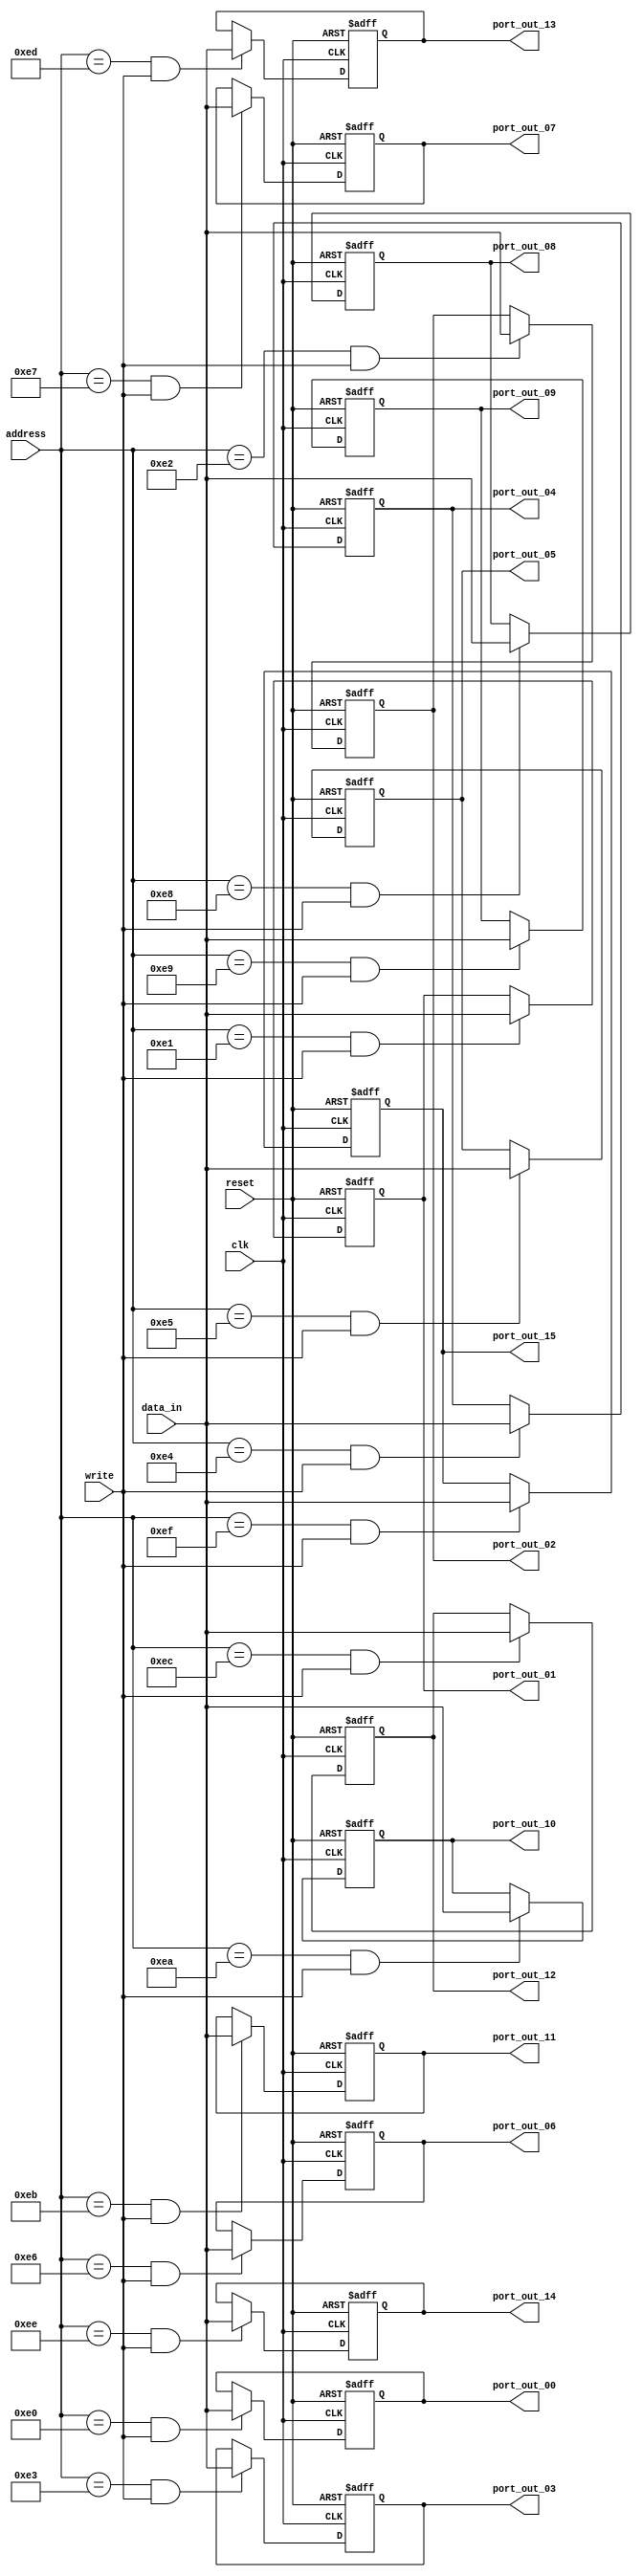
module port_out8_sync
	(output reg [7:0] port_out_00,
	 output reg [7:0] port_out_01,
	 output reg [7:0] port_out_02,
	 output reg [7:0] port_out_03,
	 output reg [7:0] port_out_04,
	 output reg [7:0] port_out_05,
	 output reg [7:0] port_out_06,
	 output reg [7:0] port_out_07,
	 output reg [7:0] port_out_08,
	 output reg [7:0] port_out_09,
	 output reg [7:0] port_out_10,
	 output reg [7:0] port_out_11,
	 output reg [7:0] port_out_12,
	 output reg [7:0] port_out_13,
	 output reg [7:0] port_out_14,
	 output reg [7:0] port_out_15,
	 input wire [7:0] address,
	 input wire [7:0] data_in,
	 input wire write, clk, reset);
	 
	 // port_out_00 (address E0)
	 always @ (posedge clk or negedge reset)
		begin
			if (!reset)
				port_out_00 <= 8'h00; 
			else if (address == 8'hE0 && write)
				port_out_00 <= data_in;
		end
				
	 // port_out_01 (address E2)
	 always @ (posedge clk or negedge reset)
		begin
			if (!reset)
				port_out_01 <= 8'h00; 
			else if (address == 8'hE1 && write) 
				port_out_01 <= data_in;
		end
		
	 // port_out_02 (address E2)
	 always @ (posedge clk or negedge reset)
		begin
			if (!reset)
				port_out_02 <= 8'h00; 
			else if (address == 8'hE2 && write)
				port_out_02 <= data_in;
		end	
		
	 // port_out_03 (address E3)
	 always @ (posedge clk or negedge reset)
		begin
			if (!reset)
				port_out_03 <= 8'h00; 
			else if (address == 8'hE3 && write)
				port_out_03 <= data_in;
		end	
		
	 // port_out_04 (address E4)
	 always @ (posedge clk or negedge reset)
		begin
			if (!reset)
				port_out_04 <= 8'h00; 
			else if (address == 8'hE4 && write) 
				port_out_04 <= data_in;
		end	
	 	
	 // port_out_05 (address E5)		
	 always @ (posedge clk or negedge reset)
		begin
			if (!reset)
				port_out_05 <= 8'h00; 
			else if (address == 8'hE5 && write) 
				port_out_05 <= data_in;
		end
		
	 // port_out_06 (address E6)		
	 always @ (posedge clk or negedge reset)
		begin
			if (!reset)
				port_out_06 <= 8'h00; 
			else if (address == 8'hE6 && write)
				port_out_06 <= data_in;
		end	
		
	 // port_out_07 (address E7)		
	 always @ (posedge clk or negedge reset)
		begin
			if (!reset)
				port_out_07 <= 8'h00; 
			else if (address == 8'hE7 && write) 
				port_out_07 <= data_in;
		end	
		
	 // port_out_08 (address E8)		
	 always @ (posedge clk or negedge reset)
		begin
			if (!reset)
				port_out_08 <= 8'h00; 
			else if (address == 8'hE8 && write) 
				port_out_08 <= data_in;
		end	
		
	 // port_out_09 (address E9)		
	 always @ (posedge clk or negedge reset)
		begin
			if (!reset)
				port_out_09 <= 8'h00; 
			else if (address == 8'hE9 && write) 
				port_out_09 <= data_in;
		end	
		
	 // port_out_10 (address EA)		
	 always @ (posedge clk or negedge reset)
		begin
			if (!reset)
				port_out_10 <= 8'h00; 
			else if (address == 8'hEA && write)
				port_out_10 <= data_in;
		end	
		
	 // port_out_11 (address EB)		
	 always @ (posedge clk or negedge reset)
		begin
			if (!reset)
				port_out_11 <= 8'h00; 
			else if (address == 8'hEB && write) 
				port_out_11 <= data_in;
		end	
		
	 // port_out_12 (address EC)		
	 always @ (posedge clk or negedge reset)
		begin
			if (!reset)
				port_out_12 <= 8'h00; 
			else if (address == 8'hEC && write) 
				port_out_12 <= data_in;
		end	
		
	 // port_out_13 (address ED)		
	 always @ (posedge clk or negedge reset)
		begin
			if (!reset)
				port_out_13 <= 8'h00; 
			else if (address == 8'hED && write) 
				port_out_13 <= data_in;
		end
		
	 // port_out_14 (address EE)		
	 always @ (posedge clk or negedge reset)
		begin
			if (!reset)
				port_out_14 <= 8'h00; 
			else if (address == 8'hEE && write) 
				port_out_14 <= data_in;
		end	
		
	 // port_out_15 (address EF)		
	 always @ (posedge clk or negedge reset)
		begin
			if (!reset)
				port_out_15 <= 8'h00; 
			else if (address == 8'hEF && write) 
				port_out_15 <= data_in;
		end					
endmodule